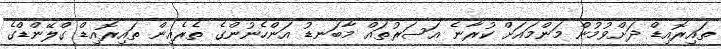
ތައިރޮއިޑް ދަށްވުމުން މަންމައަށް ކުރާނެ އަސަރުތައް މާބަނޑު އަންހެނުންގެ ތެރެއިން ތައިރޮއިޑް ގްލޭންޑްގެ